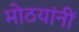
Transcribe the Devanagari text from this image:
मोठयांनीं